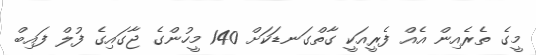
މީގެ ތެރެއިން އެއް ފެރީއަކީ ގާތްގަނޑަކަށް 140 މީހުންގެ ޖާގައިގެ ފުލް ފައިބް